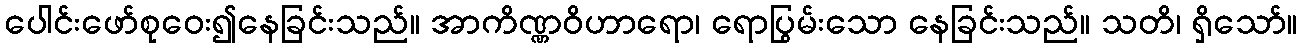
ပေါင်းဖော်စုဝေး၍နေခြင်းသည်။ အာကိဏ္ဏဝိဟာရော၊ ရောပြွမ်းသော နေခြင်းသည်။ သတိ၊ ရှိသော်။